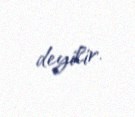
deyilir.